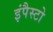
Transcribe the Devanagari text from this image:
इंपैस्टो